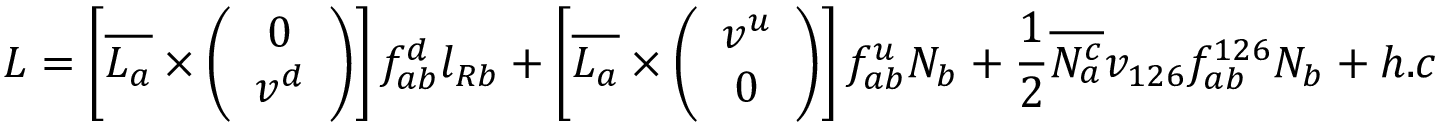
{ \cal L } = \left[ \overline { { { L _ { a } } } } \times \left( \begin{array} { c } { { 0 } } \\ { { v ^ { d } } } \end{array} \right) \right] f _ { a b } ^ { d } l _ { R b } + \left[ \overline { { { L _ { a } } } } \times \left( \begin{array} { c } { { v ^ { u } } } \\ { { 0 } } \end{array} \right) \right] f _ { a b } ^ { u } N _ { b } + \frac { 1 } { 2 } \overline { { { N _ { a } ^ { c } } } } v _ { 1 2 6 } f _ { a b } ^ { 1 2 6 } N _ { b } + h . c